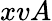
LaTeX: xvA